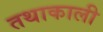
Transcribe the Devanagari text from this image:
तथाकाली